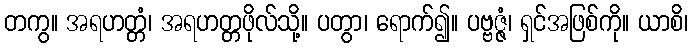
တကွ။ အရဟတ္တံ၊ အရဟတ္တဖိုလ်သို့။ ပတွာ၊ ရောက်၍။ ပဗ္ဗဇ္ဇံ၊ ရှင်အဖြစ်ကို။ ယာစိ၊